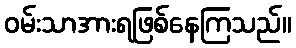
ဝမ်းသာအားရဖြစ်နေကြသည်။